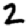
Digit: 2